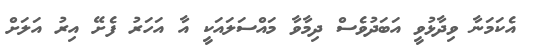
އެކަމަނާ ވިދާޅުވީ އަބަދުވެސް ދިމާވާ މައްސަލައަކީ އާ އަހަރު ފެށޭ އިރު އަލަށް